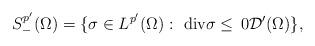
LaTeX: \begin{align*}S^{p'}_{-}(\Omega) = \{\sigma \in L^{p'}(\Omega): \,\, {\rm div} \sigma \le \, 0\mathcal{D}'(\Omega)\},\end{align*}